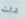
شئت